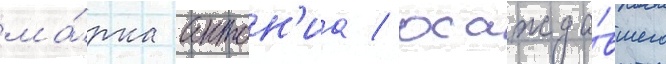
ма́рка антон'иа / осажда́вшего